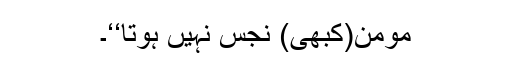
مومن(کبھی) نجس نہیں ہوتا‘‘۔